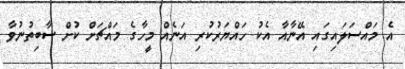
އެ މައްސަލައިގައި އޭނާއާ އެކު ހައްޔަރުކުރި އަނެއް މީހާގެ މައްޗަށް ކުށް ސާބިތުނުވާ